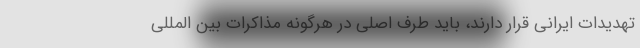
تهدیدات ایرانی قرار دارند، باید طرف اصلی در هرگونه مذاکرات بین المللی